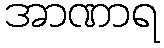
အာဏာရ